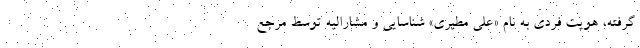
گرفته، هویت فردی به نام «علی مطیری» شناسایی و مشارالیه توسط مرجع